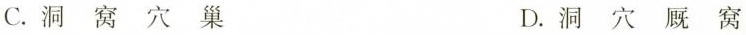
C. 洞 窝 穴 巢 D. 洞 穴 厩 窝